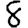
Digit: 8